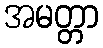
အမတ္တာ